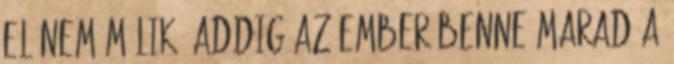
el nem múlik, addig az ember benne marad a